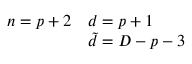
\begin{array} { l l } { { n = p + 2 } } & { { d = p + 1 } } \\ { { \null } } & { { { \tilde { d } } = D - p - 3 } } \end{array}